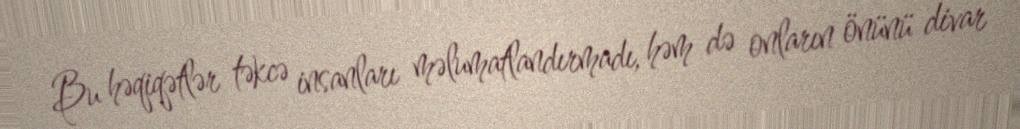
Bu həqiqətlər təkcə insanları məlumatlandırmadı, həm də onların önünü divar